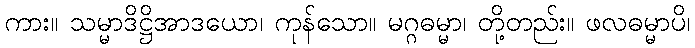
ကား။ သမ္မာဒိဋ္ဌိအာဒယော၊ ကုန်သော။ မဂ္ဂဓမ္မာ၊ တို့တည်း။ ဖလဓမ္မာပိ၊